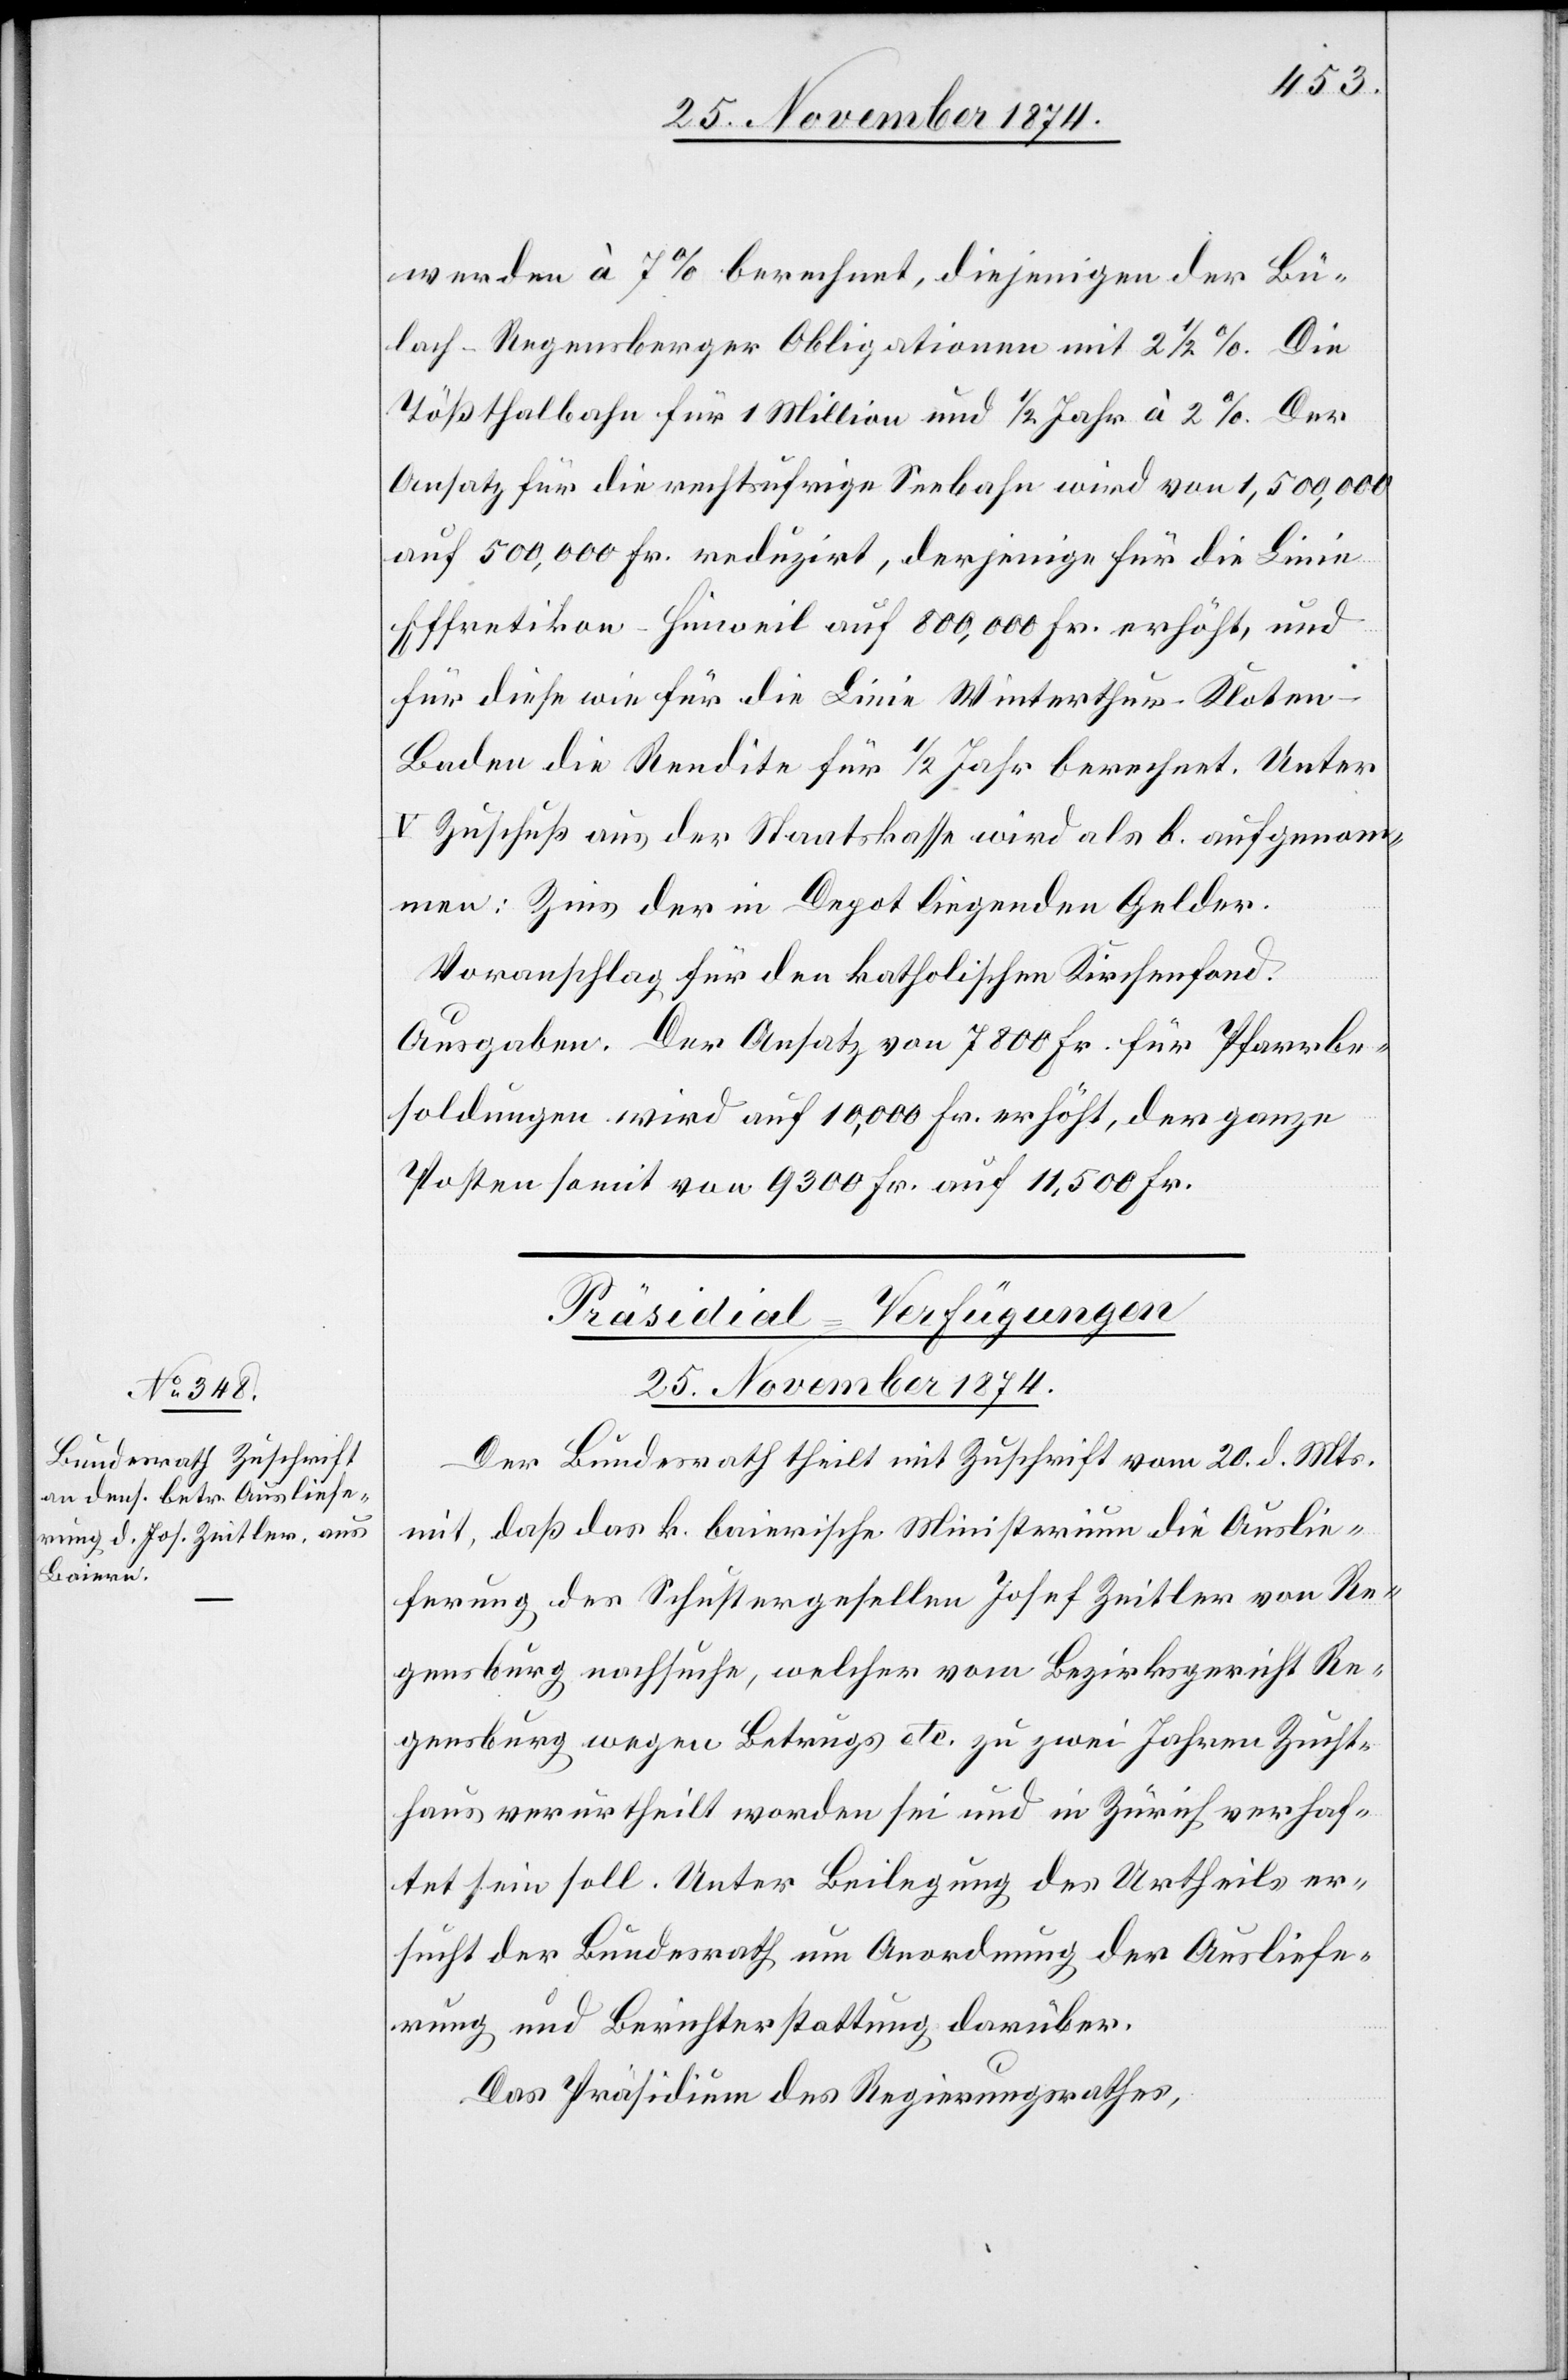
25. November 1874.
werden à 7% berechnet, diejenigen der Bü¬
lach-Regensberger Obligationen mit 2 1/2%. Die
Tößthalbahn für 1 Million und 1/2 Jahr à 2%. Der
Ansatz für die rechtsufrige Seebahn wird von 1,500,000
auf 500,000 Fr. reduzirt, derjenige für die Linie
Effretikon–Hinweil auf 800,000 Fr. erhöht, und
für diese wie für die Linie Winterthur–Klote¬
n–Baden die Rendite für 1/2 Jahr berechnet. Unter
V Zuschuß aus der Staatskasse wird als b. aufgenom¬
men: Zins der in Depot liegenden Gelder.
Voranschlag für den katholischen Kirchenfond.
Ausgaben. Der Ansatz von 7800 Fr. für Pfarrbe¬
soldungen wird auf 10,000 Fr. erhöht, der ganze
Posten somit von 9300 Fr. auf 11,500 Fr.
Präsidial-Verfügungen
Der Bundesrath theilt mit Zuschrift vom 20. d. Mts.
mit, daß das k. baierische Ministerium die Auslie¬
ferung des Schustergesellen Josef Zeitler von Re¬
gensburg nachsuche, welcher vom Bezirksgericht Re¬
gensburg wegen Betrugs etc. zu zwei Jahren Zucht¬
haus verurtheilt worden sei und in Zürich verhaf¬
tet sein soll. Unter Beilegung des Urtheils er¬
sucht der Bundesrath um Anordnung der Ausliefe¬
rung und Berichterstattung darüber.
Das Präsidium des Regierungsrathes,